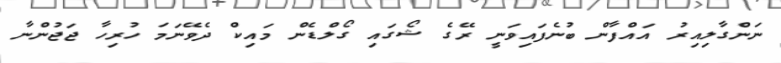
ނަންގާލިއިރު އައްފާން ބުނެފައިވަނީ ރޭގެ ޝޯގައި ގޯލްޑެން މައިކް ދެވޭނަމަ ހުރިހާ ޖަޖުންނާ